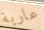
عارية